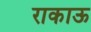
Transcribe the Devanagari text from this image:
राकाऊ